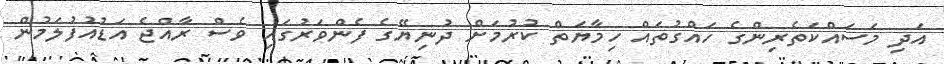
އަދި މަސައްކަތެރިންގެ ހައްގުތައް ހިމާޔަތް ކުރުމަށް ދުނިޔޭގެ ފެންވަރުގައި ވެސް ރާއްޖެ އަޑުއުފުލަމުން